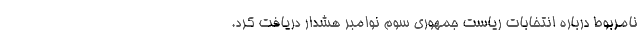
نامربوط درباره انتخابات ریاست جمهوری سوم نوامبر هشدار دریافت کرد.